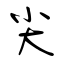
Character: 尖